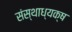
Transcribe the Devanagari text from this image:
संस्थाध्यक्ष